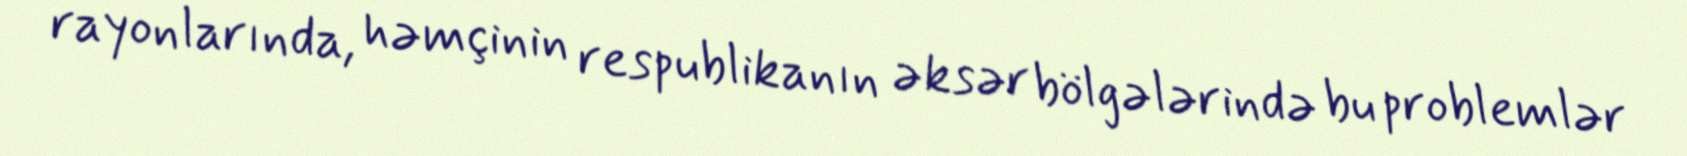
rayonlarında, həmçinin respublikanın əksər bölgələrində bu problemlər